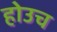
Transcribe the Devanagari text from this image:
होउच